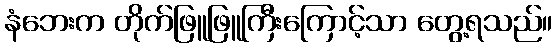
နံဘေးက တိုက်ဖြူဖြူကြီးကြောင့်သာ တွေ့ရသည်။